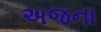
અજના